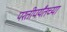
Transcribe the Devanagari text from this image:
परतीपर्यंतच्या